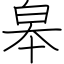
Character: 皋